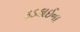
કડકાઈના